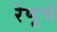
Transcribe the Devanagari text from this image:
रेणूचे